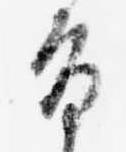
旨